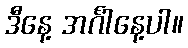
ဒီနေ့ အင်္ဂါနေ့ပါ။